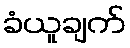
ခံယူချက်